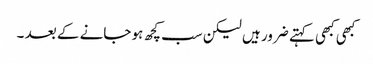
کبھی کبھی کہتے ضرور ہیں لیکن سب کچھ ہو جانے کے بعد ۔